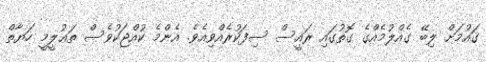
ޤައުމަށް ލިބޭ ގެއްލުމެއްގެ ގޮތުގައި ރައީސް ސިފަކުރެއްވިއެވެ. އެންމެ ކުއްޖަކުވެސް ތަޢުލީމީ ހަޔާތް